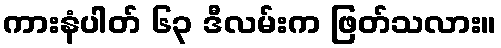
ကားနံပါတ် ၆၃ ဒီလမ်းက ဖြတ်သလား။